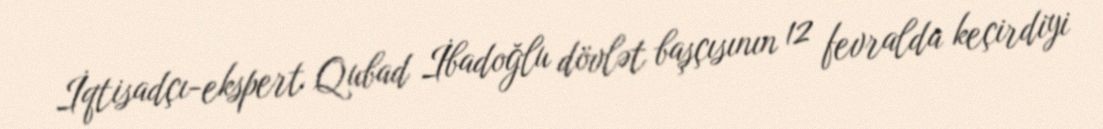
İqtisadçı-ekspert Qubad İbadoğlu dövlət başçısının 12 fevralda keçirdiyi